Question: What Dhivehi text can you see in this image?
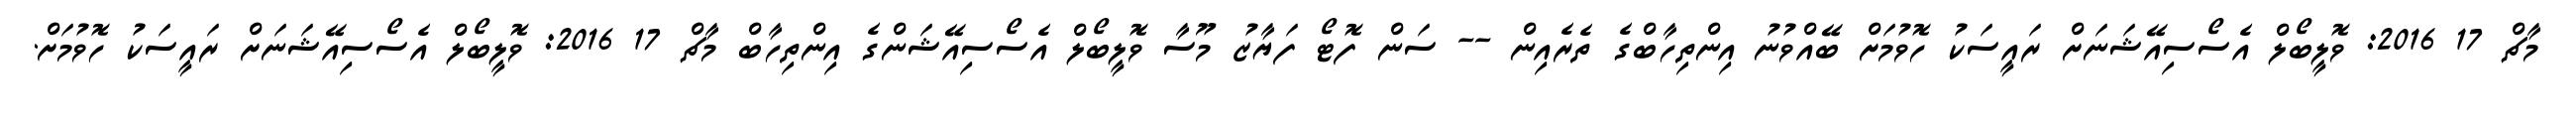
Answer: މާޗް 17 2016: ވޮލީބޯލް އެސޯސިއޭޝަނަށް ރައީސަކު ހޮވުމަށް ބޭއްވުނު އިންތިހާބްގެ ތެރެއިން -- ސަން ފޮޓޯ ފަޔާޒު މޫސާ ވޮލީބޯލް އެސޯސިއޭޝަންގެ އިންތިހާބް މާޗް 17 2016: ވޮލީބޯލް އެސޯސިއޭޝަނަށް ރައީސަކު ހޮވުމަށް.